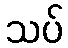
သပ်